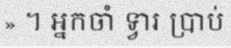
» ។ អ្នកចាំ ទ្វារ ប្រាប់